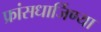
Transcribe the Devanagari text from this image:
फ्रांसधार्जिण्या